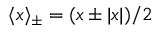
\langle x \rangle _ { \pm } = ( x \pm | x | ) / 2